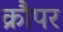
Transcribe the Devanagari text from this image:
क्रौपर